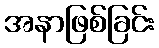
အနာဖြစ်ခြင်း